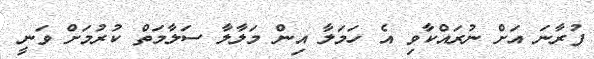
ފުރާނަ އަށް ނުރައްކާވި އެ ހަަމަލާ އިން މަލާލާ ސަލާމަތް ކުރުމަށް ވަނީ